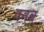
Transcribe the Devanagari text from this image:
दनब